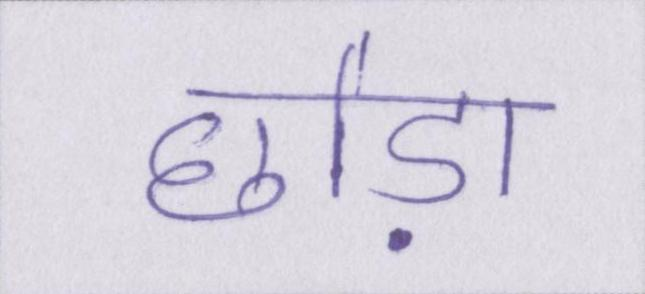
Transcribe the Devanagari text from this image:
छोड़ा